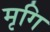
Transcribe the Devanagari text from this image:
मृगि